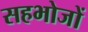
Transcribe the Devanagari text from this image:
सहभोजों